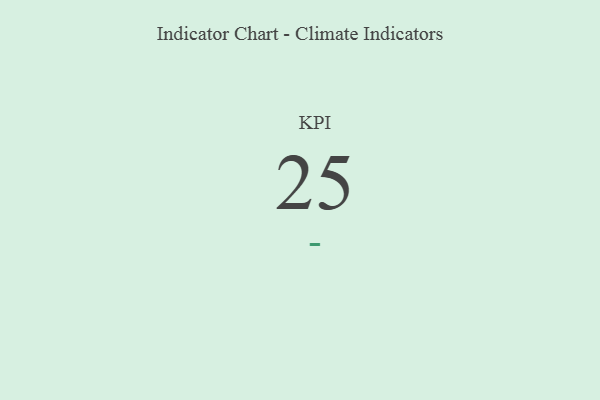
{"axis": {"x": "KPI", "y": "Value"}, "legend": [""], "data": [{"x": "KPI", "y": 25, "type": ""}]}